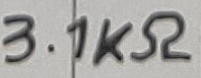
Text: 3.1KΩ